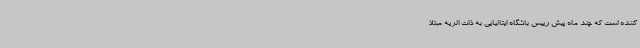
کننده است که چند ماه پیش رییس باشگاه ایتالیایی به ذات الریه مبتلا